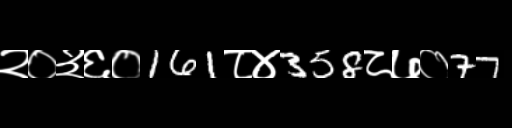
Text: २०३६०161८४358८७०77